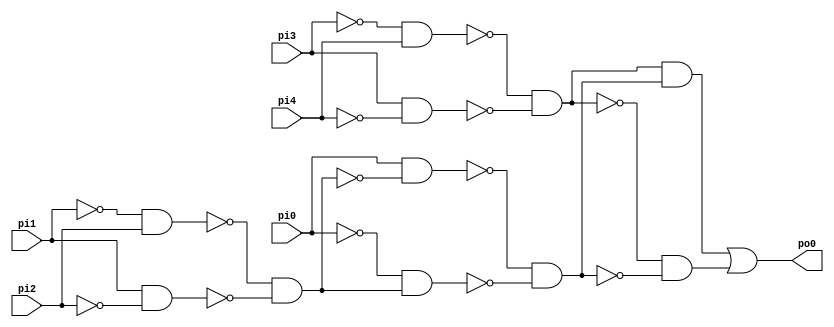
module source (pi0, pi1, pi2, pi3, pi4, po0);
  input  pi0, pi1, pi2, pi3, pi4;
  output po0;
  wire n7, n8, n9, n10, n11, n12, n13, n14, n15, n16, n17;
  assign n7 = ~pi3 & pi4;
  assign n8 = pi3 & ~pi4;
  assign n9 = ~n7 & ~n8;
  assign n10 = ~pi1 & pi2;
  assign n11 = pi1 & ~pi2;
  assign n12 = ~n10 & ~n11;
  assign n13 = pi0 & ~n12;
  assign n14 = ~pi0 & n12;
  assign n15 = ~n13 & ~n14;
  assign n16 = n9 & n15;
  assign n17 = ~n9 & ~n15;
  assign po0 = n16 | n17;
endmodule